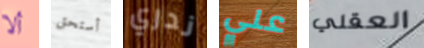
ألا أستحق ندري علي العقلي